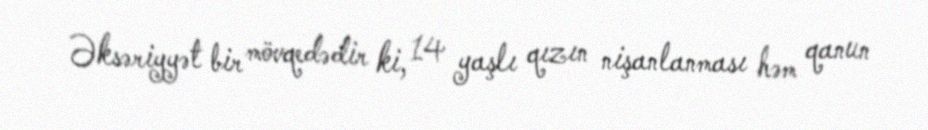
Əksəriyyət bir mövqedədir ki, 14 yaşlı qızın nişanlanması həm qanun